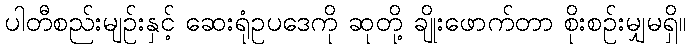
ပါတီစည်းမျဉ်းနှင့် ဆေးရုံဥပဒေကို ဆုတို့ ချိုးဖောက်တာ စိုးစဉ်းမျှမရှိ။